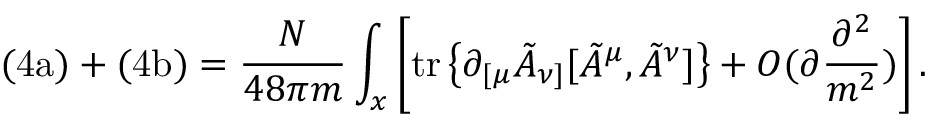
\mathrm { ( 4 a ) } + \mathrm { ( 4 b ) } = \frac { N } { 4 8 \pi m } \int _ { x } \left[ \mathrm { t r } \left\{ \partial _ { [ \mu } \tilde { A } _ { \nu ] } [ \tilde { A } ^ { \mu } , \tilde { A } ^ { \nu } ] \right\} + O ( \partial \frac { \partial ^ { 2 } } { m ^ { 2 } } ) \right] .